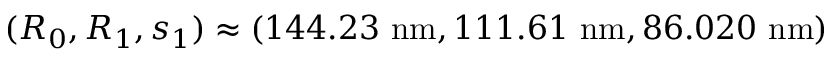
( R _ { 0 } , R _ { 1 } , s _ { 1 } ) \approx ( 1 4 4 . 2 3 \ \mathrm { n m } , 1 1 1 . 6 1 \ \mathrm { n m } , 8 6 . 0 2 0 \ \mathrm { n m } )